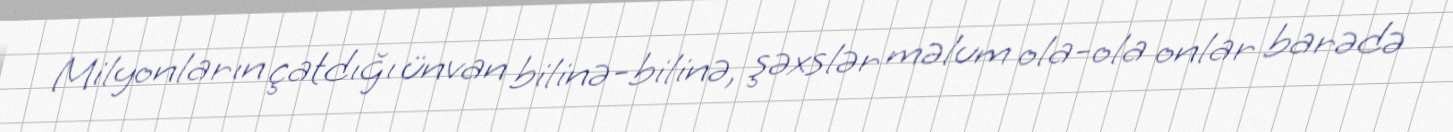
Milyonların çatdığı ünvan bilinə-bilinə, şəxslər məlum ola-ola onlar barədə